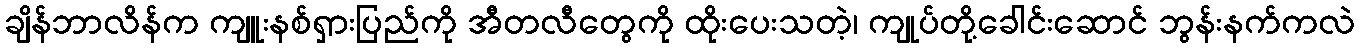
ချိန်ဘာလိန်က ကျူးနစ်ရှားပြည်ကို အီတလီတွေကို ထိုးပေးသတဲ့၊ ကျုပ်တို့ခေါင်းဆောင် ဘွန်းနက်ကလဲ